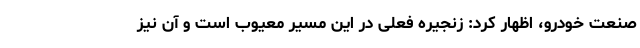
صنعت خودرو، اظهار کرد: زنجیره فعلی در این مسیر معیوب است و آن نیز